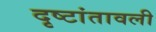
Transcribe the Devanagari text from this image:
दृष्टांतावली